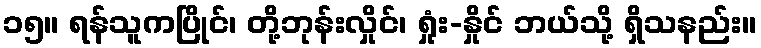
၁၅။ ရန်သူကပြိုင်၊ တို့ဘုန်းလှိုင်၊ ရှုံး-နှိုင် ဘယ်သို့ ရှိသနည်း။